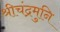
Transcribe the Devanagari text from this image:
श्रीचंद्रमुनि